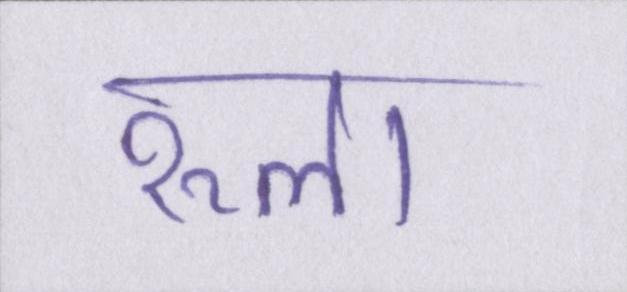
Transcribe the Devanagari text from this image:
रूला